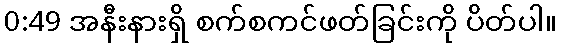
0:49 အနီးနားရှိ စက်စကင်ဖတ်ခြင်းကို ပိတ်ပါ။